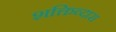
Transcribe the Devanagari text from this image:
शक्तिव्दारा